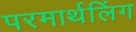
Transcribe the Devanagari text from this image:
परमार्थलिंग